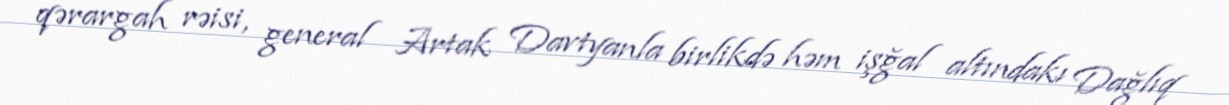
qərargah rəisi, general Artak Davtyanla birlikdə həm işğal altındakı Dağlıq